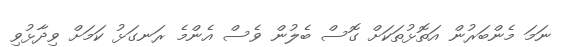
ނަމަ މެންބަރުން އަތޮޅުތަކަށް ގޮސް ބެލުން ވެސް އެންމެ ރަނގަޅު ކަމަށް ވިދާޅުވި